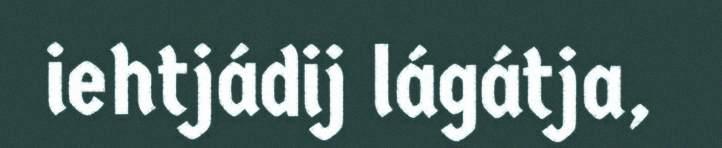
iehtjádij lágátja,